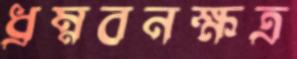
ধ্রম্নবনক্ষত্র